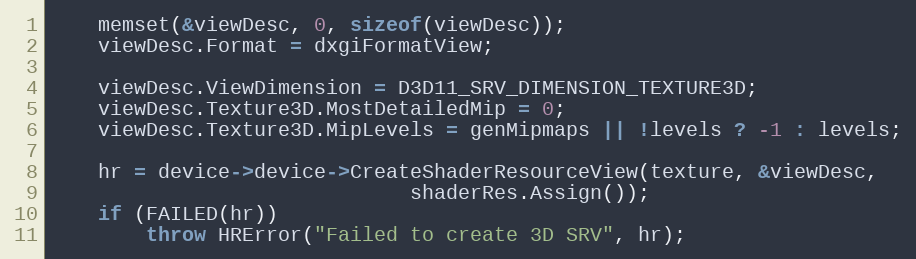
Language: C++
	memset(&viewDesc, 0, sizeof(viewDesc));
	viewDesc.Format = dxgiFormatView;

	viewDesc.ViewDimension = D3D11_SRV_DIMENSION_TEXTURE3D;
	viewDesc.Texture3D.MostDetailedMip = 0;
	viewDesc.Texture3D.MipLevels = genMipmaps || !levels ? -1 : levels;

	hr = device->device->CreateShaderResourceView(texture, &viewDesc,
						      shaderRes.Assign());
	if (FAILED(hr))
		throw HRError("Failed to create 3D SRV", hr);